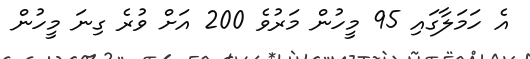
އެ ހަމަލާގައި 95 މީހުން މަރުވެ 200 އަށް ވުރެ ގިނަ މީހުން